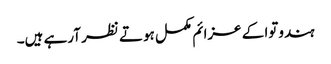
ہندوتوا کے عزائم مکمل ہوتے نظر آرہے ہیں۔